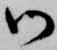
御